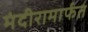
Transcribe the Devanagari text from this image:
मंदीरामार्फत